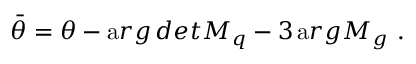
\bar { \theta } = \theta - { \mathrm a r g \, d e t } M _ { q } - 3 \, { \mathrm a r g } M _ { g } ~ .